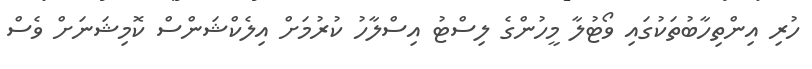
ހުރި އިންތިހާބުތަކުގައި ވޯޓުލާ މީހުންގެ ލިސްޓު އިސްލާހު ކުރުމަށް އިލެކްޝަންސް ކޮމިޝަނަށް ވެސް